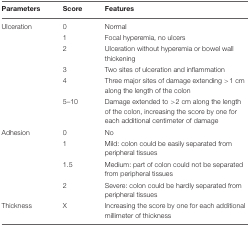
| Parameters | Score | Features |
 | --- | --- | --- |
 | Ulceration | 0 | Normal |
 |  | 1 | Focal hyperemia, no ulcers |
 |  | 2 | Ulceration without hyperemia or bowel wall thickening |
 |  | 3 | Two sites of ulceration and inflammation |
 |  | 4 | Three major sites of damage extending >1 cm along the length of the colon |
 |  | 5–10 | Damage extended to >2 cm along the length of the colon, increasing the score by one for each additional centimeter of damage |
 | Adhesion | 0 | No |
 |  | 1 | Mild: colon could be easily separated from peripheral tissues |
 |  | 1.5 | Medium: part of colon could not be separated from peripheral tissues |
 |  | 2 | Severe: colon could be hardly separated from peripheral tissues |
 | Thickness | X | Increasing the score by one for each additional millimeter of thickness |